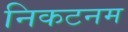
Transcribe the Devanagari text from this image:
निकटनम